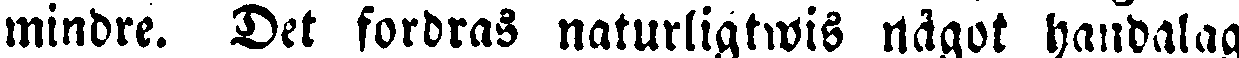
mindre. Det fordras naturligtwis något handalag